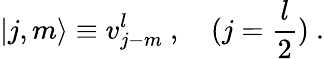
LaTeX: \vert j,m\rangle\equiv v_{j-m}^{l}~,~~~~(j=\frac{l}{2})~.